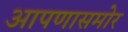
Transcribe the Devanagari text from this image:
आपणासमोर